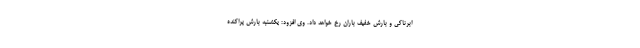
ابرناکی و بارش خفیف باران رخ خواهد داد. وی افزود:‌ یکشنبه بارش پراکنده